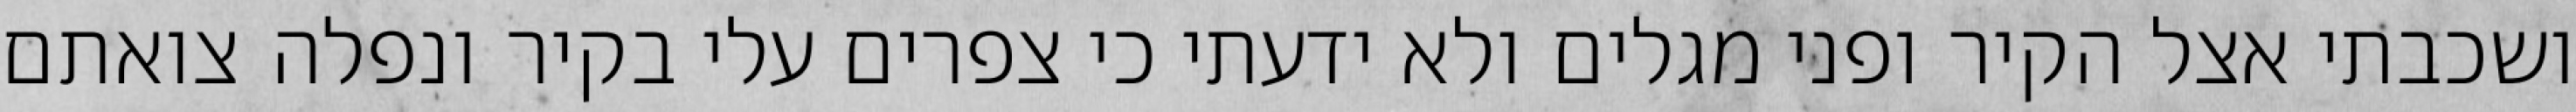
ושכבתי אצל הקיר ופני מגלים ולא ידעתי כי צפרים עלי בקיר‏ ונפלה צואתם